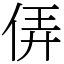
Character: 㑝